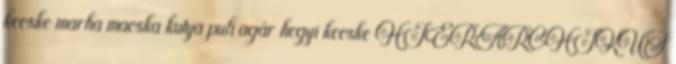
kecske marha macska kutya puli agár hegyi kecske HIERARCHIKUS